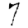
Digit: 7